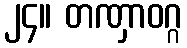
၂၄။ တဏှာဝဂ္ဂ